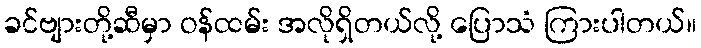
ခင်ဗျားတို့ဆီမှာ ဝန်ထမ်း အလိုရှိတယ်လို့ ပြောသံ ကြားပါတယ်။